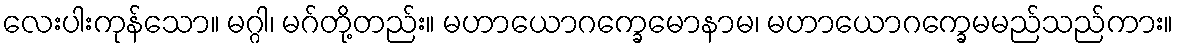
လေးပါးကုန်သော။ မဂ္ဂါ၊ မဂ်တို့တည်း။ မဟာယောဂက္ခေမောနာမ၊ မဟာယောဂက္ခေမမည်သည်ကား။